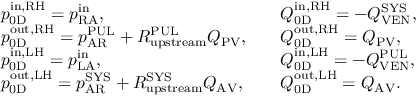
\begin{array} { r l r l } & { p _ { \mathrm { 0 D } } ^ { \mathrm { i n , R H } } = p _ { \mathrm { R A } } ^ { \mathrm { i n } } , } & & { Q _ { \mathrm { 0 D } } ^ { \mathrm { i n , R H } } = - Q _ { \mathrm { V E N } } ^ { \mathrm { S Y S } } , } \\ & { p _ { \mathrm { 0 D } } ^ { \mathrm { o u t , R H } } = p _ { \mathrm { A R } } ^ { \mathrm { P U L } } + R _ { \mathrm { u p s t r e a m } } ^ { \mathrm { P U L } } Q _ { \mathrm { P V } } , } & & { Q _ { \mathrm { 0 D } } ^ { \mathrm { o u t , R H } } = Q _ { \mathrm { P V } } , } \\ & { p _ { \mathrm { 0 D } } ^ { \mathrm { i n , L H } } = p _ { \mathrm { L A } } ^ { \mathrm { i n } } , } & & { Q _ { \mathrm { 0 D } } ^ { \mathrm { i n , L H } } = - Q _ { \mathrm { V E N } } ^ { \mathrm { P U L } } , } \\ & { p _ { \mathrm { 0 D } } ^ { \mathrm { o u t , L H } } = p _ { \mathrm { A R } } ^ { \mathrm { S Y S } } + R _ { \mathrm { u p s t r e a m } } ^ { \mathrm { S Y S } } Q _ { \mathrm { A V } } , } & & { Q _ { \mathrm { 0 D } } ^ { \mathrm { o u t , L H } } = Q _ { \mathrm { A V } } . } \end{array}